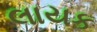
લાયક